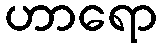
ဟာရော